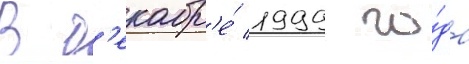
В д'екабр'е́ 1999 го́да